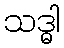
သဒ္ဓါ